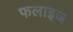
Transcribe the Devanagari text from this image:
फलाइज